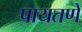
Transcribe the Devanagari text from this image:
पायतणे